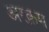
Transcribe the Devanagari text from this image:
अरक़म